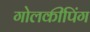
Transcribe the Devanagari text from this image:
गोलकीपिंग